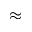
\approx